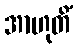
အာဟုတိံ